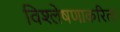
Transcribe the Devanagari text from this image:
विश्लेषणाकरिता